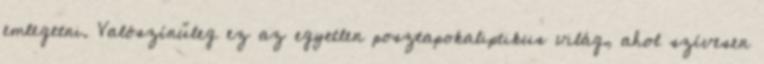
emlegetni. Valószínűleg ez az egyetlen posztapokaliptikus világ, ahol szívesen